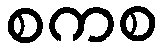
စကစ